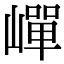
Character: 㠆